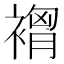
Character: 𮖣